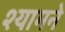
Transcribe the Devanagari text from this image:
श्यामने